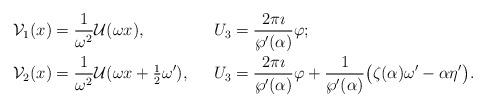
LaTeX: \begin{align*} &\mathcal{V}_1(x) = \frac{1}{\omega^2} \mathcal{U}(\omega x),& & U_3 = \frac{2\pi \imath}{\wp'(\alpha)}\varphi; &\\ &\mathcal{V}_2(x) = \frac{1}{\omega^2} \mathcal{U}(\omega x+\tfrac{1}{2}\omega'),& & U_3 = \frac{2\pi \imath}{\wp'(\alpha)} \varphi + \frac{1}{\wp'(\alpha)} \big(\zeta(\alpha) \omega' - \alpha \eta'\big). &\end{align*}